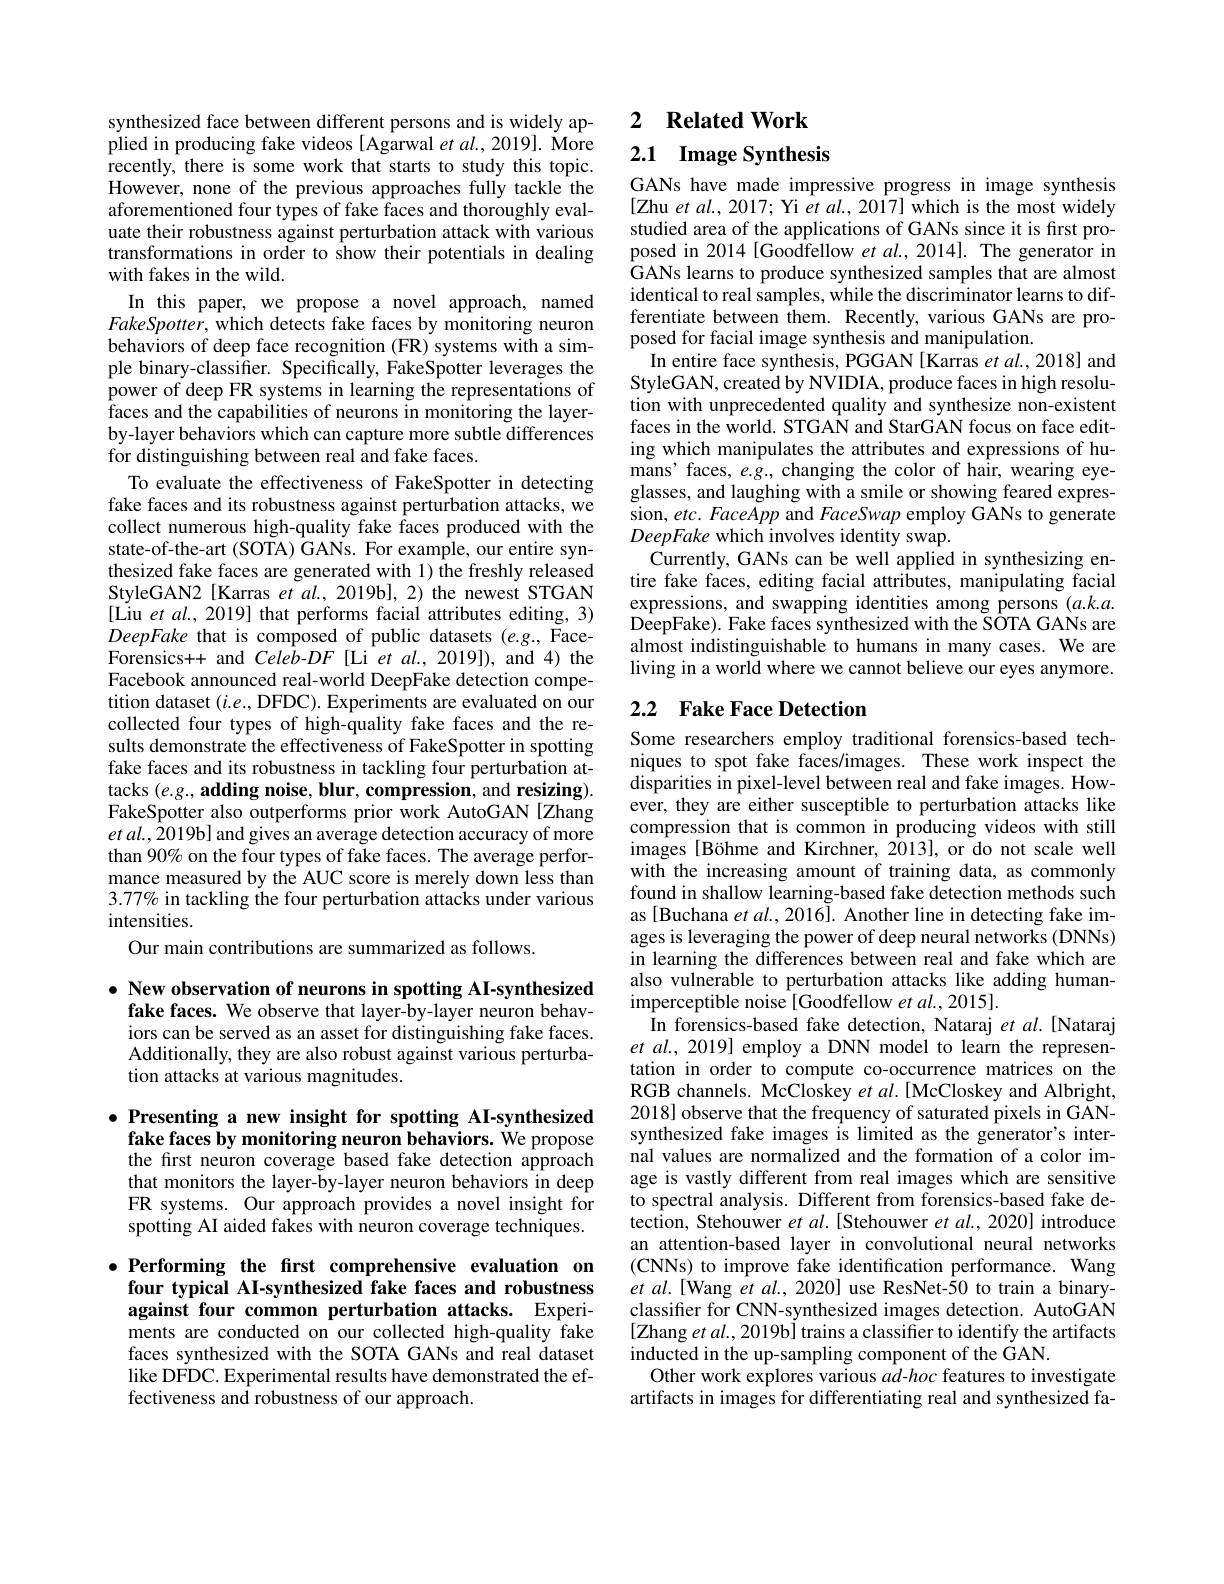
synthesized face between different persons and is widely applied in producing fake videos [Agarwal et al., 2019]. More recently, there is some work that starts to study this topic. However, none of the previous approaches fully tackle the aforementioned four types of fake faces and thoroughly evaluate their robustness against perturbation attack with various transformations in order to show their potentials in dealing with fakes in the wild.
In this paper, we propose a novel approach, named $FakeSpotter$, which detects fake faces by monitoring neuron behaviors of deep face recognition (FR) systems with a simple binary-classifier. Specifically, FakeSpotter leverages the power of deep FR systems in learning the representations of faces and the capabilities of neurons in monitoring the layerby-layer behaviors which can capture more subtle differences for distinguishing between real and fake faces.
To evaluate the effectiveness of FakeSpotter in detecting fake faces and its robustness against perturbation attacks, we collect numerous high-quality fake faces produced with the state-of-the-art (SOTA) GANs. For example, our entire synthesized fake faces are generated with 1) the freshly released StyleGAN2[Karras et al., 2019b], 2) the newest STGAN [Liu et al., 2019] that performs facial attributes editing, 3) DeepFake that is composed of public datasets (e.g., FaceForensics++ and Celeb-$DF$ [Li et $al.,2019])$, and 4) the Facebook announced real-world DeepFake detection competition dataset $(i.e.$,DFDC). Experiments are evaluated on our collected four types of high-quality fake faces and the results demonstrate the effectiveness of FakeSpotter in spotting fake faces and its robustness in tackling four perturbation attacks $( e. g. , \textbf{adding noise, blur, compression, and resizing}) .$ FakeSpotter also outperforms prior work AutoGAN [Zhang $etal.,\bar{2}019$b] and gives an average detection accuracy of more than 90% on the four types of fake faces. The average performance measured by the AUC score is merely down less than 3.77% in tackling the four perturbation attacks under various intensities.
Our main contributions are summarized as follows.

$\bullet$ New observation of neurons in spotting AI-synthesized
fake faces. We observe that layer-by-layer neuron behaviors can be served as an asset for distinguishing fake faces. Additionally, they are also robust against various perturbation attacks at various magnitudes.

$\bullet$ Presenting a new insight for spotting AI-synthesized fake faces by monitoring neuron behaviors. We propose the first neuron coverage based fake detection approach that monitors the layer-by-layer neuron behaviors in deep FR systems. Our approach provides a novel insight for spotting AI aided fakes with neuron coverage techniques.

$\bullet$ Performing the first comprehensive evaluation on
four typical AI-synthesized fake faces and robustness against four common perturbation attacks. Experiments are conducted on our collected high-quality fake faces synthesized with the SOTA GANs and real dataset like DFDC. Experimental results have demonstrated the effectiveness and robustness of our approach.

2 $\textbf{Related Work}$

## 2.1 Image Synthesis

GANs have made impressive progress in image synthesis [Zhu et al., 2017; Yi $\hat{e}t$ al., 2017] which is the most widely studied area of the applications of GANs since it is first proposed in 2014[Goodfellow et al.,2014]. The generator in GANs learns to produce synthesized samples that are almost identical to real samples, while the discriminator learns to differentiate between them. Recently, various GANs are proposed for facial image synthesis and manipulation.
In entire face synthesis, PGGAN [Karras et al., 2018] and StyleGAN, created by NVIDIA, produce faces in high resolution with unprecedented quality and synthesize non-existent faces in the world. STGAN and StarGAN focus on face editing which manipulates the attributes and expressions of humans' faces, $e.g.$, changing the color of hair, wearing eyeglasses, and laughing with a smile or showing feared expression, etc. FaceApp and FaceSwap employ GANs to generate DeepFake which involves identity swap.
Currently, GANs can be well applied in synthesizing entire fake faces, editing facial attributes, manipulating facial expressions, and swapping identities among persons $(a.k.a.$ DeepFake). Fake faces synthesized with the SOTA GANs are almost indistinguishable to humans in many cases. We are living in a world where we cannot believe our eyes anymore.

# 2.2 Fake Face Detection

Some researchers employ traditional forensics-based techniques to spot fake faces/images. These work inspect the disparities in pixel-level between real and fake images. However, they are either susceptible to perturbation attacks like compression that is common in producing videos with still images [Böhme and Kirchner, 2013], or do not scale well with the increasing amount of training data, as commonly found in shallow learning-based fake detection methods such as [Buchana et al., 2016]. Another line in detecting fake images is leveraging the power of deep neural networks (DNNs) in learning the differences between real and fake which are also vulnerable to perturbation attacks like adding humanimperceptible noise[Goodfellow et al., 2015].
In forensics-based fake detection, Nataraj et al. [Nataraj et al., 2019] employ a DNN model to learn the representation in order to compute co-occurrence matrices on the RGB channels. McCloskey et al.[McCloskey and Albright 2018] observe that the frequency of saturated pixels in GANsynthesized fake images is limited as the generator's internal values are normalized and the formation of a color image is vastly different from real images which are sensitive to spectral analysis. Different from forensics-based fake detection, Stehouwer et al. [Stehouwer et al., 2020] introduce an attention-based layer in convolutional neural networks (CNNs) to improve fake identification performance. Wang $etal.[$Wang $etal.,2020]$ use ResNet-50 to train a binaryclassifier for CNN-synthesized images detection. AutoGAN [Zhang et $al.,2019$b] trains a classifier to identify the artifacts inducted in the up-sampling component of the GAN.
Other work explores various $ad-hoc$ features to investigate artifacts in images for differentiating real and synthesized fa-